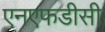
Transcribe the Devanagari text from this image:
एनएफडीसी